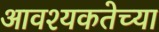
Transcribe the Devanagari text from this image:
आवश्यकतेच्या